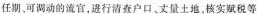
任期。可调动的流官，进行清查户口、丈量土核实赋税等